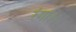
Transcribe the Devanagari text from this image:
रंगा।।